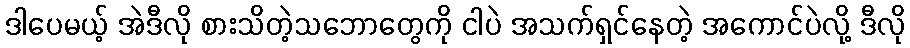
ဒါပေမယ့် အဲဒီလို စားသိတဲ့သဘောတွေကို ငါပဲ အသက်ရှင်နေတဲ့ အကောင်ပဲလို့ ဒီလို